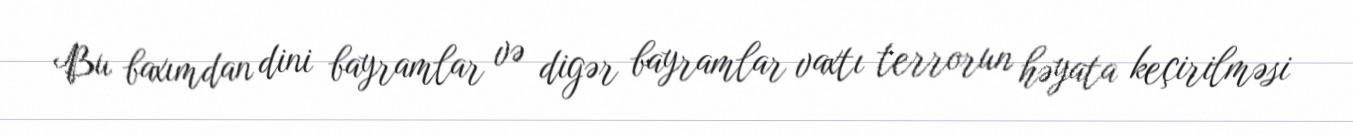
Bu baxımdan dini bayramlar və digər bayramlar vaxtı terrorun həyata keçirilməsi